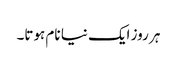
ہر روز ایک نیا نام ہوتا۔